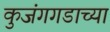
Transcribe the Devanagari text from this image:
कुजंगगडाच्या